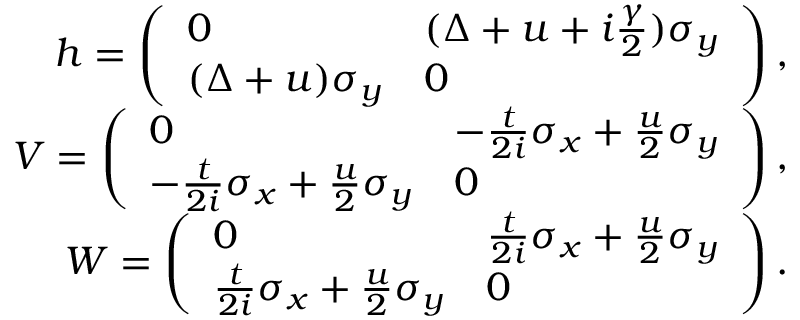
\begin{array} { r } { h = \left( \begin{array} { l l } { 0 } & { ( \Delta + u + i \frac { \gamma } { 2 } ) \sigma _ { y } } \\ { ( \Delta + u ) \sigma _ { y } } & { 0 } \end{array} \right) , } \\ { V = \left( \begin{array} { l l } { 0 } & { - \frac { t } { 2 i } \sigma _ { x } + \frac { u } { 2 } \sigma _ { y } } \\ { - \frac { t } { 2 i } \sigma _ { x } + \frac { u } { 2 } \sigma _ { y } } & { 0 } \end{array} \right) , } \\ { W = \left( \begin{array} { l l } { 0 } & { \frac { t } { 2 i } \sigma _ { x } + \frac { u } { 2 } \sigma _ { y } } \\ { \frac { t } { 2 i } \sigma _ { x } + \frac { u } { 2 } \sigma _ { y } } & { 0 } \end{array} \right) . } \end{array}